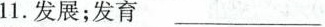
11.发展；发育 ___